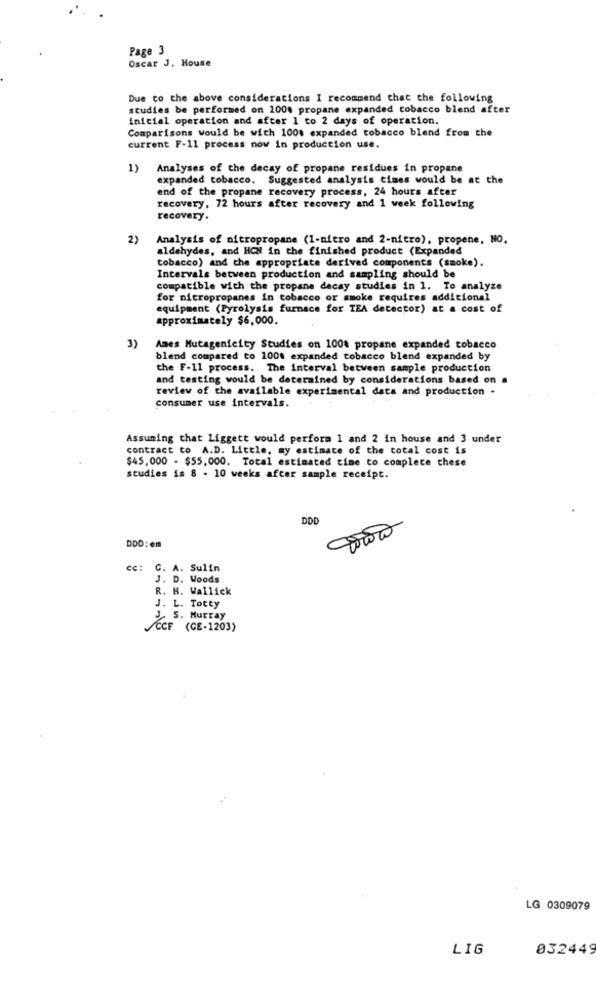
Page 3
Oscar J. House
Due to the above considerations I recommend that the following
studies be performed on 100% propane expanded tobacco blend after
inicial operation and after 1 to 2 days of operation.
Comparisons would be wich 100% expanded tobacco blend from the
current F-11 process now in production use.
1)
Analyses of the decay of propane residues in propane
expanded tobacco. Suggested analysis times would be at the
end of the propane recovery process, 24 hours after
recovery, 72 hours after recovery and 1 week following
recovery.
2)
Analysis of nitropropane (1-nitro and 2-nitro), propene, NO.
aldehydes, and HON in the finished product (Expanded
tobacco) and the appropriate derived components (smoke).
Intervals between production and sampling should be
compatible with the propane decay studies in 1. To analyze
for nitropropanes in tobacco or smoke requires additional
equipment (Pyrolysis furnace for TEA detector) at a cost of
approximately $6,000.
3)
Ames Mutagenicity Studies on 100% propane expanded tobacco
blend compared to 100% expanded tobacco blend expanded by
the F-11 process. The interval between sample production
and testing would be determined by considerations based on
review of the available experimental data and production .
consumer use intervals.
Assuming that Liggett would perfora 1 and 2 in house and 3 under
contract to A.D. Little, my estimate of the total cost is
$45,000 - $55,000. Total estimated time to complece these
studies is 8 - 10 weeks after sample receipt.
DDD
DDD: em
cc: C. A. Sulin
J. D. Woods
R. H. Wallick
J. L. Totty
J. S. Murray
CCF (GE-1203)
LG 0309079
LIG
032449